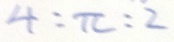
4 : \pi : 2